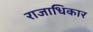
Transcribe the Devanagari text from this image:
राजाधिकार